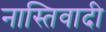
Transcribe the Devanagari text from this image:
नास्तिवादी